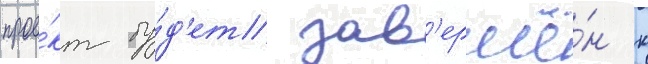
прое́кт бу́д'ет зав'ершё́н к